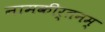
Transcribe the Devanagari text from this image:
नामकीर्तनम्